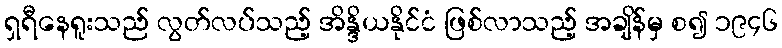
ရှရီနေရူးသည် လွတ်လပ်သည့် အိန္ဒိယနိုင်ငံ ဖြစ်လာသည့် အချိန်မှ စ၍ ၁၉၄၆